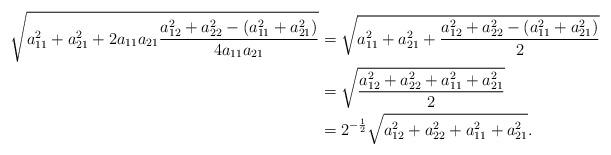
LaTeX: \begin{align*}\sqrt{a_{11}^{2}+a_{21}^{2}+2a_{11}a_{21}\frac{a_{12}^{2}+a_{22}^{2}-(a_{11}^{2}+a_{21}^{2})}{4a_{11}a_{21}}} & =\sqrt{a_{11}^{2}+a_{21}^{2}+\frac{a_{12}^{2}+a_{22}^{2}-(a_{11}^{2}+a_{21}^{2})}{2}}\\& =\sqrt{\frac{a_{12}^{2}+a_{22}^{2}+a_{11}^{2}+a_{21}^{2}}{2}}\\& =2^{-\frac{1}{2}}\sqrt{a_{12}^{2}+a_{22}^{2}+a_{11}^{2}+a_{21}^{2}}.\end{align*}